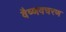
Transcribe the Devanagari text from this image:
वैष्णवचरण